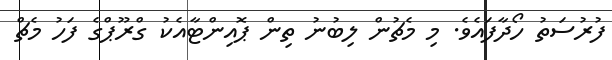
ފުރުސަތު ހޯދާފައެވެ. މި މެޗުން ލިބުނު ތިން ޕޮއިންޓާއެކު ގްރޫޕްގެ ފަހު މެޗް